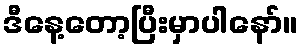
ဒီနေ့တော့ပြီးမှာပါနော်။